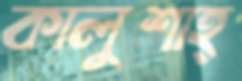
কালুশাহ্